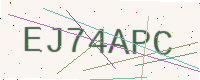
Text: EJ74APC